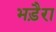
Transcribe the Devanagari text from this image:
भड़ैरा